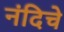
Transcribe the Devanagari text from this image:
नंदिचे